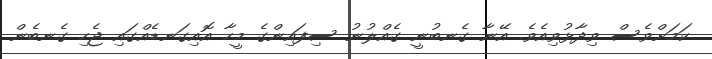
ކަމަށްވެސް ވިދާޅުވިއެވެ. އޭނާ ގެނބުނީ ގެއްލުނު ސިފައިންގެ މީހާ އޮއިގަނޑެއްގައި ޖެހި ގެނބެން